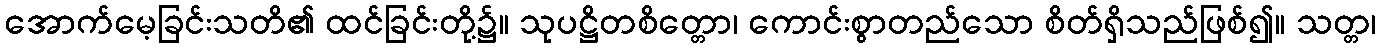
အောက်မေ့ခြင်းသတိ၏ ထင်ခြင်းတို့၌။ သုပဋ္ဌိတစိတ္တော၊ ကောင်းစွာတည်သော စိတ်ရှိသည်ဖြစ်၍။ သတ္တ၊